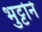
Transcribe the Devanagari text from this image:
भुट्टोने